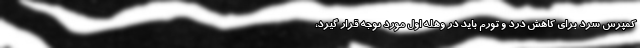
کمپرس سرد برای کاهش درد و تورم باید در وهله اول مورد توجه قرار گیرد،